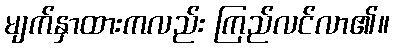
မျက်နှာထားကလည်း ကြည်လင်လာ၏။